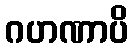
ဂဟဏာပိ